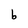
Character: b